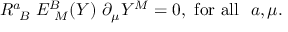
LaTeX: R _ { ~ B } ^ { a } ~ E _ { ~ M } ^ { B } ( Y ) ~ \partial _ { \mu } Y ^ { M } = 0 , ~ \mathrm { f o r ~ a l l ~ } ~ a , \mu .